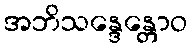
အဘိသန္ဒေန္တောဝ